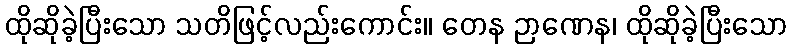
ထိုဆိုခဲ့ပြီးသော သတိဖြင့်လည်းကောင်း။ တေန ဉာဏေန၊ ထိုဆိုခဲ့ပြီးသော